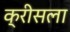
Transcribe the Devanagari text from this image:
क्रीसला